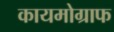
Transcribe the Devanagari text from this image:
कायमोग्राफ